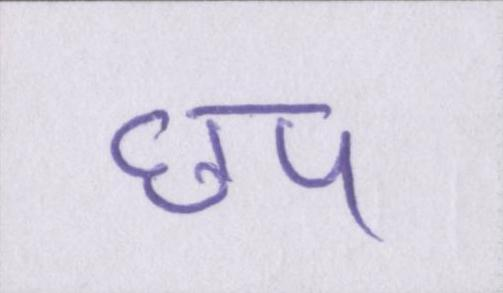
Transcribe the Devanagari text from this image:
छप